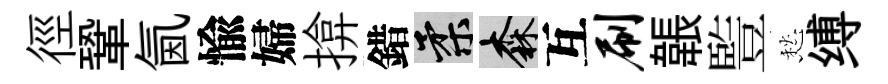
徑鞏氤愉婦揜錯柔森互刷韔䜿愁缚